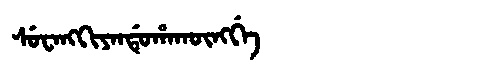
Manchu: ᠰᡠᠸᠠᠩᡴᡳᠶᠠᠨᡩᡠᡥᠠᡴᡡᠩᡤᡝ
Romanization: SUWANGKIYANDUHAKŪNGGE